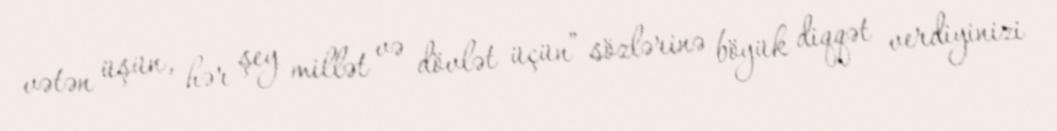
vətən üşün, hər şey millət və dövlət üçün” sözlərinə böyük diqqət verdiyinizi